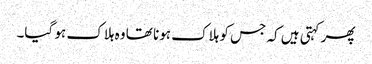
پھر کہتی ہیں کہ جس کو ہلاک ہونا تھا وہ ہلاک ہو گیا۔